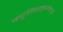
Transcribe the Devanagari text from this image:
कटुतिक्तमुष्णमधुरं